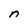
Character: n